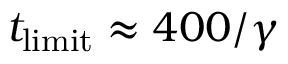
t _ { { \mathrm { l i m i t } } } \approx 4 0 0 / \gamma